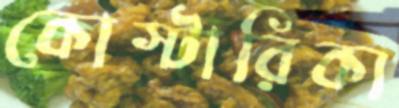
কোস্টারিকা